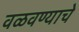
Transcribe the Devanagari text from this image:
वळवण्याचे